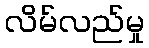
လိမ်လည်မှု